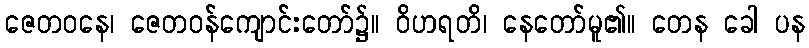
ဇေတဝနေ၊ ဇေတဝန်ကျောင်းတော်၌။ ဝိဟရတိ၊ နေတော်မူ၏။ တေန ခေါ ပန